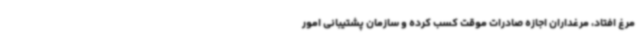
مرغ افتاد، مرغداران اجازه صادرات موقت کسب کرده و سازمان پشتیبانی امور